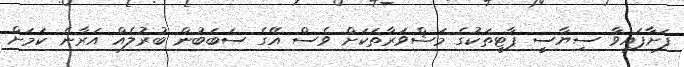
ފަށާފައިވާ ސިޔާސީ ޕާޓީތަކުގެ މަޝްވަރާތަކަށް ވެސް އޭގެ ސަބަބުން ބުރުލެއް އަރާނެ ކަމަށް